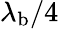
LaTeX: \lambda_{\mathrm{b}}/4